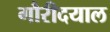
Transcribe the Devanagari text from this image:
गौरीदयाल